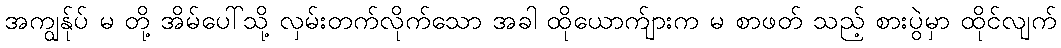
အကျွန်ုပ် မ တို့ အိမ်ပေါ်သို့ လှမ်းတက်လိုက်သော အခါ ထိုယောက်ျားက မ စာဖတ် သည့် စားပွဲမှာ ထိုင်လျက်